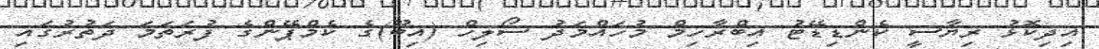
އިދިކޮޅު ރިޔާސީ ކެންޑިޑޭޓު އިބްރާހިމް މުހައްމަދު ސޯލިހް (އިބޫ)ގެ ކެމްޕޭންގެ ފުރަތަމަ ދަތުރުގައި